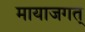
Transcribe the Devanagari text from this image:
मायाजगत्